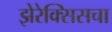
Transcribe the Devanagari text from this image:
झेरेक्सिसचा